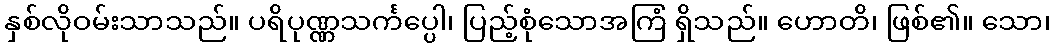
နှစ်လိုဝမ်းသာသည်။ ပရိပုဏ္ဏသင်္ကပ္ပေါ၊ ပြည့်စုံသောအကြံ ရှိသည်။ ဟောတိ၊ ဖြစ်၏။ သော၊